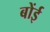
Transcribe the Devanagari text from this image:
बोंई